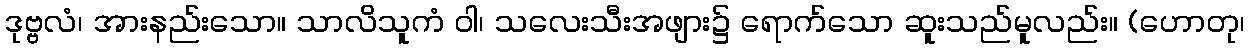
ဒုဗ္ဗလံ၊ အားနည်းသော။ သာလိသူကံ ဝါ၊ သလေးသီးအဖျား၌ ရောက်သော ဆူးသည်မူလည်း။ (ဟောတု၊